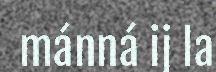
mánná ij la